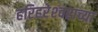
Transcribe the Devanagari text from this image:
हरिहरेश्‍वराच्या